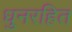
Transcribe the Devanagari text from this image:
धुनरहित